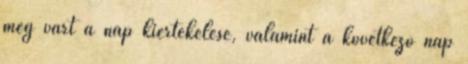
még várt a nap kiértékelése, valamint a következő nap